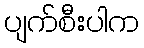
ပျက်စီးပါက